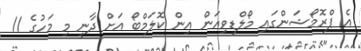
އެ ޕްރޮމޯޝަންގައި މޯލްޑިވިއަން އިން ކޮލަމްބޯ އަށް ދާނީ މި މަހުގެ 11